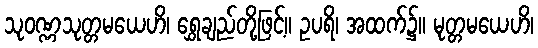
သုဝဏ္ဏသုတ္တမယေဟိ၊ ရွှေချည်တို့ဖြင့်။ ဥပရိ၊ အထက်၌။ မုတ္တမယေဟိ၊